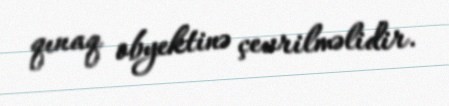
qınaq obyektinə çevrilməlidir.